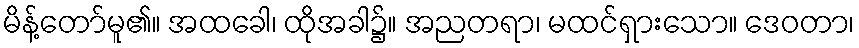
မိန့်တော်မူ၏။ အထခေါ၊ ထိုအခါ၌။ အညတရာ၊ မထင်ရှားသော။ ဒေဝတာ၊